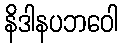
နိဒါနပဘဝေါ